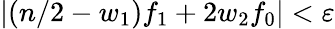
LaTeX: |(n/2-w_{1})f_{1}+2w_{2}f_{0}|<\varepsilon